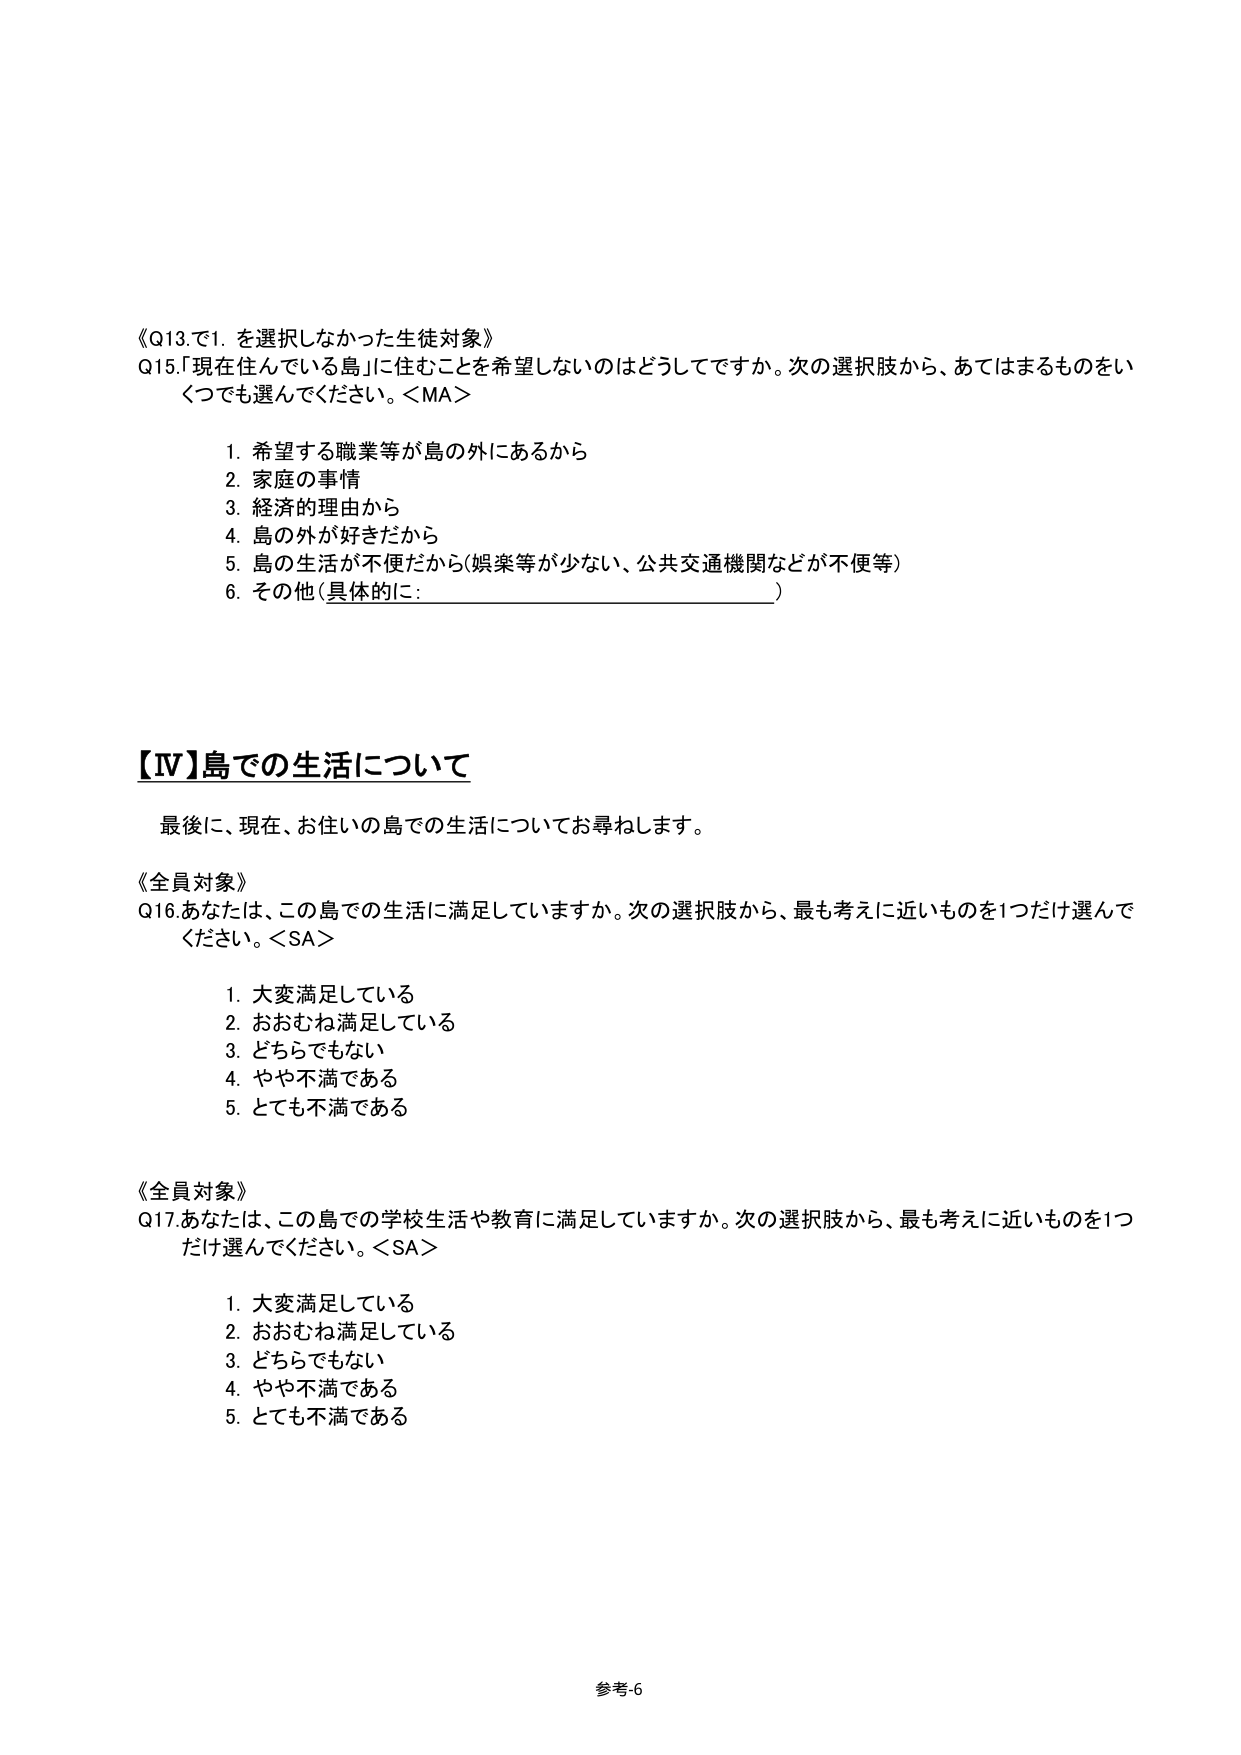
《Q13.で1. を選択しなかった生徒対象》
Q15.「現在住んでいる島」に住むことを希望しないのはどうしてですか。次の選択肢から、あてはまるものをいくつでも選んでください。＜MA＞

1. 希望する職業等が島の外にあるから
2. 家庭の事情
3. 経済的理由から
4. 島の外が好きだから
5. 島の生活が不便だから（娯楽等が少ない、公共交通機関などが不便等）
6. その他（具体的に：_________________________）

【Ⅳ】島での生活について

最後に、現在、お住いの島での生活についてお尋ねします。

《全員対象》
Q16. あなたは、この島での生活に満足していますか。次の選択肢から、最も考えに近いものを1つだけ選んでください。＜SA＞

1. 大変満足している
2. おおむね満足している
3. どちらでもない
4. やや不満である
5. とても不満である

《全員対象》
Q17. あなたは、この島での学校生活や教育に満足していますか。次の選択肢から、最も考えに近いものを1つだけ選んでください。＜SA＞

1. 大変満足している
2. おおむね満足している
3. どちらでもない
4. やや不満である
5. とても不満である

参考6